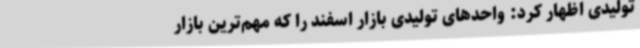
تولیدی اظهار کرد: واحدهای تولیدی بازار اسفند را که مهم‌ترین بازار